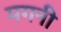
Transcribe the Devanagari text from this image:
मगनी